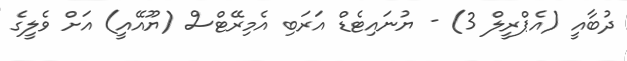
ދުބާއީ (އެޕްރީލް 3) - ޔުނައިޓެޑް އަރަބި އެމިރޭޓްސް (ޔޫއޭއީ) އަށް ވެލީގެ